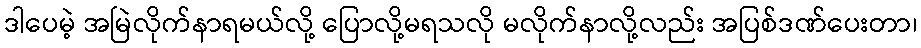
ဒါပေမဲ့ အမြဲလိုက်နာရမယ်လို့ ပြောလို့မရသလို မလိုက်နာလို့လည်း အပြစ်ဒဏ်ပေးတာ၊